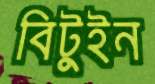
বিটুইন